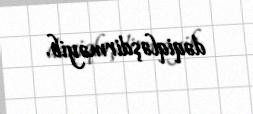
dəqiqləşdirməyib.